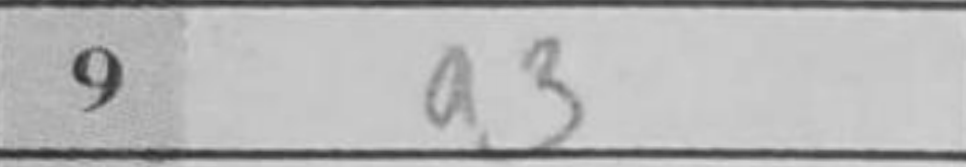
Transcription: a3